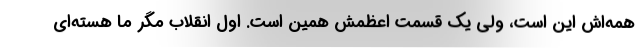
همه‌اش این است، ولی یک قسمت اعظمش همین است. اوّل انقلاب مگر ما هسته‌ای